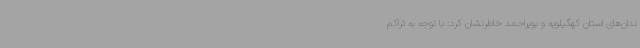
ندان‌های استان کهگیلویه و بویراحمد خاطرنشان کرد: با توجه به تراکم‌